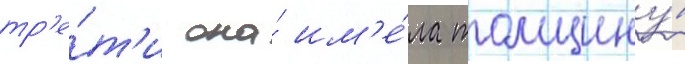
тр'е́т'и она́ им'е́ла толщину́